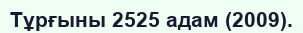
Тұрғыны 2525 адам (2009).